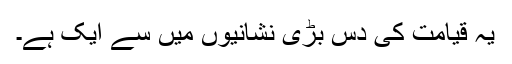
یہ قیامت کی دس بڑی نشانیوں میں سے ایک ہے۔